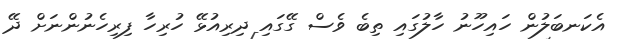
އެކަނބަލުން ހައިހޫނު ހާލުގައި ތިބެ ވެސް ގޭގައި ދިރިއުޅޭ ހުރިހާ ފިރިހެނުންނަށް ދޭ